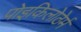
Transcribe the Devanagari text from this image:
पोइकिलोठेर्म